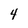
Character: 4